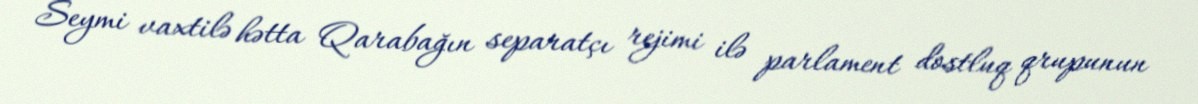
Seymi vaxtilə hətta Qarabağın separatçı rejimi ilə parlament dostluq qrupunun